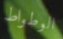
الوطواط